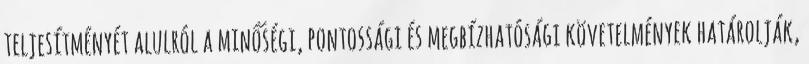
teljesítményét alulról a minőségi, pontossági és megbízhatósági követelmények határolják,